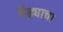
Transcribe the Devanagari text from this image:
मेंढ्याचा